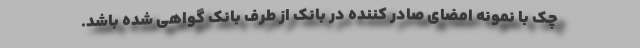
چک با نمونه امضای صادر کننده در بانک از طرف بانک گواهی شده باشد.